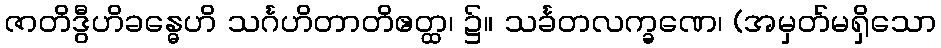
ဇာတိဒွီဟိခန္ဓေဟိ သင်္ဂဟိတာတိဧတ္ထ၊ ၌။ သင်္ခတလက္ခဏေ၊ (အမှတ်မရှိသော